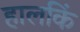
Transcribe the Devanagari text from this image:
हालकिं